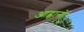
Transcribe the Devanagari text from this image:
आह्वानों